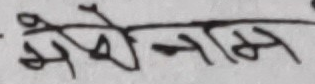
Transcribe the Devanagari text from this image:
मेरो नाम